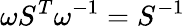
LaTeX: \omega S^{T}\omega^{-1}=S^{-1}